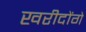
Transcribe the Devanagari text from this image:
खरीदोंगे